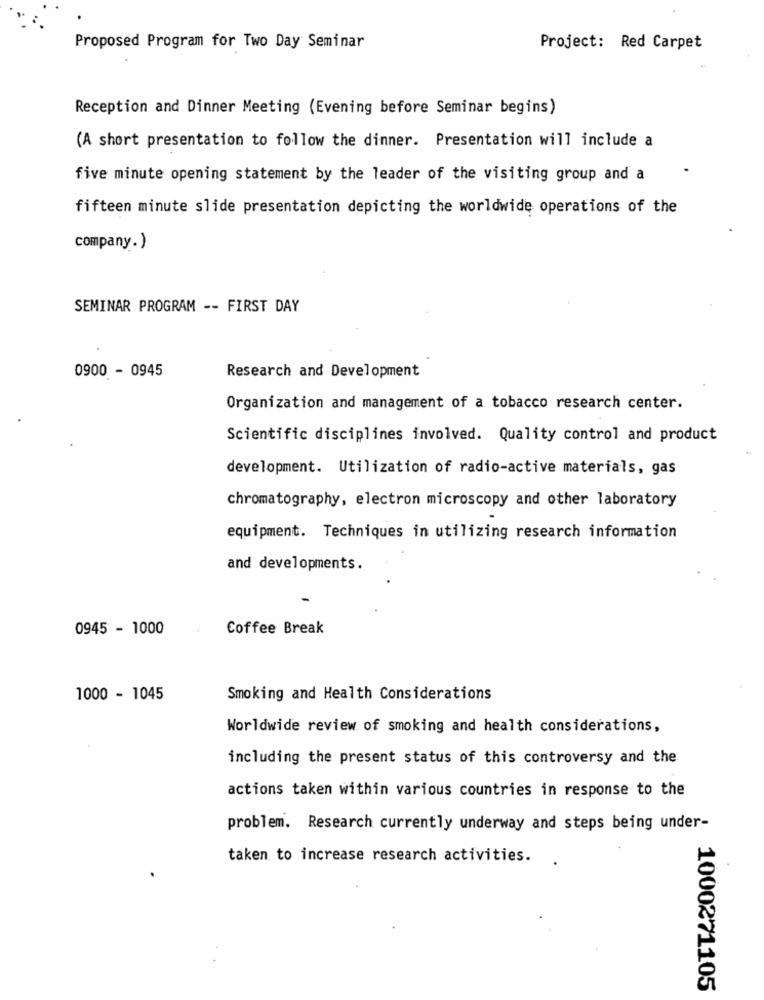
Proposed Program for Two Day Seminar
Project: Red Carpet
Reception and Dinner Meeting (Evening before Seminar begins)
(A short presentation to follow the dinner. Presentation will include a
five minute opening statement by the leader of the visiting group and a
fifteen minute slide presentation depicting the worldwide operations of the
company.)
SEMINAR PROGRAM -- FIRST DAY
0900 - 0945
Research and Development
Organization and management of a tobacco research center.
Scientific disciplines involved. Quality control and product
development. Utilization of radio-active materials, gas
chromatography, electron microscopy and other laboratory
equipment. Techniques in utilizing research information
and developments.
0945 - 1000
Coffee Break
1000 - 1045
Smoking and Health Considerations
Worldwide review of smoking and health considerations,
including the present status of this controversy and the
actions taken within various countries in response to the
problem. Research currently underway and steps being under-
taken to increase research activities.
1000271105